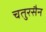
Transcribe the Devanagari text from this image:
चतुरसैन